Vital statistics of India. Vol. IV, Annual returns from 1871 to 1876. British Army of India, Native Army and jails of Bengal
Year: 1871
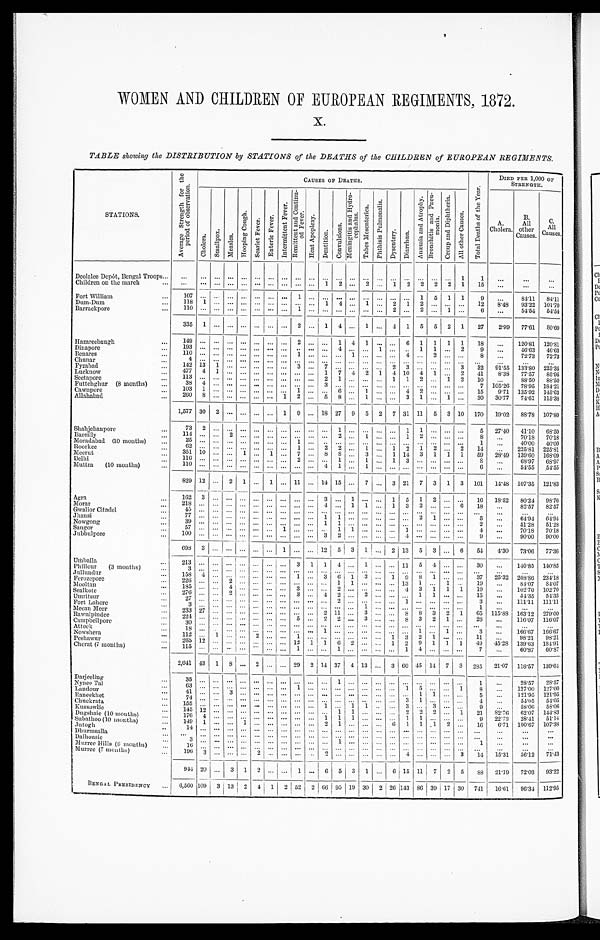
WOMEN AND CHILDREN OF EUROPEAN REGIMENTS, 1872.
TABLE showing the DISTRIBUTION by STATIONS of the DEATHS of the CHILDREN of EUROPEAN REGIMENTS.
STATIONS.
A v e r a g e S t r e n g t h f o r t h e p e r i o d o f o b s e r v a t i o n .
CAUSES OF DEATHS.
DIED PER 1,000 OF
STRENGTH.
C h o l e r a .
S m a l l p o x .
M e a s l e s .
Hooping Cough.
S c a r l e t F e v e r .
E n t e r i c F e v e r .
I n t e r m i t t e n t F e v e r .
R e mi t t e n t a n d C o n t i n u e d F e v e r .
H e a t A p o p l e x y .
Dent i t i on.
Convulsions.
M e n i n g i t i s a n d H y d r o c e p h a l u s .
T a b e s M e s e n t e r i c a .
P h t h i s i s P u l mo n a l i s .
Dysentery.
D i a r r h œ a .
A n æ m i a a n d A t r o p h y .
B r o n c h i t i s a n d P n e u m o n i a .
C r o u p a n d D i p h t h e r i a .
A l l o t h e r C a u s e s .
T o t a l D e a t h s o f t h e Y e a r .
A.
Cholera.
B.
other
Causes .
C .
A l l
Causes.
Deolalee Depôt, Bengal Troops...
...
... ...
. . .
. . .
. . .
. . . . . .
. . . . . .
...
... ... ...
...
...
...
... ...
... 1
1
...
...
. . .
Children on the march
...
... ... ... ...
. . .
...
. . .
...
. . .
1 2 ... 2
... 1 2 2 2 2 1
15
...
...
. . .
F o r t W i l l i a m
107
... ... ... ...
. . .
...
1
. . .
... ...
...... ... ... ... 1 5 1 1
9
...
84.11
84.11
D u m - D u m
118
1 ... ... ...
. . .
...
... ...
. . .
1 4 ... 1
... 2 1 2 ... ... ... 12
8.48
93.22 101.70
Barrackpore
110 ...
... ...
. . .
. . .
. . . . . .
1
. . .
... ...
...... ... 2 ... 2 ... 1 ... 6
...
54.54 54. 54
335 1 ... ... ...
. . .
...
. . .
2
. . .
1 4
... 1
... 4 1 5 5 2 1
27
2.99 77.61
80. 60
H a z a r e e b a u g h 149
... ... ... ...
. . .
...
. . .
2
. . . 1
4 1 ... ... 6 1 1 1 1
18
...
120.81 120. 81
D i n a p o r e
1 9 3
... ... ... ...
. . . ... ... . . .
. . . . . .
... 4
...... 1 ... ... 1 1 ... 2
9
...
46.63 46. 63
Benares
110
... ... ... ...
. . .
...
. . .
1
. . .
... ...
1 ... ... ... 4 ... 2 ... ...
8
...
72.73
72. 73
Chunar
4 ... ... ... ...
. . .
...
. . .
...
. . .
...
...
. . .
. . .
... ... ... ... ... ... ... ...
...
...
. . .
F y z a b a d
142 13
1 ... ...
... ... . . .
3
. . .
7 ...
...... ... 2 3 ... ... ... 3 32 91.55 133.80
2 2 5 . 3 5
Lucknow
477 4
1 ...
... ... ... . . .
...
. . .
1 7
4 2 1 4 10 4 1 ... 2
41 8.38 77.57
8 5 . 9 5
Seetapore
113 4 ... ...
... ... ... . . .
...
. . .
2 1
... ... ... 1 1 2 ... 1 2 10 ...
88.50
8 8 . 5 0
Futtehghur (8 months)
103 1 ... ... ...
. . .
...
. . .
...
. . .
3 ...
...... ... ... ... ... ... ... ... 7
105.26 78.95
1 8 4 . 2 1
Cawnpore
103 1
... ...
... ... ... ... 1
. . .
... 6
...
1 ... ... 4 2 ... ... ... 15 9.71 135.92
1 4 5 . 6 3
Allahabad
260
8 ... ... ...
. . .
... 1
2
. . .
5
8 ...
1 ... ... 3 1 ... 1 ... 30 30.7774.61
1 1 5 . 3 8
1,577 30 2 ... ... ... ... 1 9
. . .
18 27 9 5 2 7 31 11 5 3 10 170
19.02 89.78 107.80
Shahjehanpore
73
2 ... ... ... ... ... ... ...
. . .
... 1 ... ... ... ... 1 1 ... ... ...
5
27.40
41.10
68.50
Bareilly
114
... ... 2 ... ... ... ... ...
. . .
... 2 ... 1 ... ... 1 2 ... ... ...
8 ...
70.18
7 0 . 1 8
Moradabad (10 months)
25 ... ... ... ... ... ... ... 1
. . .
... ... ... ... ... ... ... ... ... ... ... 1
...
40.00
4 0 . 0 0
Roorkee
62 ... ... ... ... .. ... ...
1
. . .
2
2 ... 1 ... 1 2 1 2 ... 2
14 ...
225.81
2 2 5 . 8 1
Meerut
351 10 ... ... 1 ... 1 ... 7
. . .8 8 ... 3 ... 1 14 3 1 1 1
5 9 28.49 139.60
1 6 8 . 0 9
Delhi
116 ... ... ... ... ... ... ... 2
. . .
... 1 ... 1 ... 1 3 ... ... ... ...
8
...
68.97
6 8 . 9 7
Muttra (10 months)
110 ... ... ... ... ... ... ... ...
. . .
4 1 ... 1 ... ... ... ... ... ... ...
6 ...
54.55
5 4 . 5 5
829 12 ... 2 1 ... 1 ... 11
. . .
14 15 ... 7 ... 3 21 7 3 1 3 101
14.48 107.35 121.83
Agra
162 3 ... ... ... ... ... ... ...
. . .
3 ... 1 ... ... 1 5 1 2 ... ...
16
18.52 80.24
9 8 . 7 6
Morar
218 ... ... ... ... ... ... ... ...
. . .
4 ... 1 1 ... 1 3 2 ... ... 6 18
...
8 2 . 5 7
8 2 . 5 7
Gwalior Citadel
45 ... ... ... ... ... ... ... ... ... ... ... ... ... ... ... ... ... ... ... ...
. . . ...
...
. . .
Jhansi
77 ... ... ... ... ... ... ... ...
. . .
1 1 ... ... ... ... ... 2 1 ... ...
5 ...
64.94
6 4 . 9 4
Nowgong
39... ... ... ... ... ... ... ...
. . .
1 1 ... ... ... ... ... ... ... ... ...
2 ...
51.28
5 1 . 2 8
Saugor
5 7... ... ... ... ... ... 1 ...
. . .
... 1 1 ... ... ... 1 ... ... ... ...
4 ...
70.18
7 0 . 1 8
Jubbulpore
100... ... ... ... ... ... ... ...
. . .
3 2 ... ... ... ... 4 ... ... ... ...
9
...
90.00
9 0 . 0 0
698 3 ...
. . . ... ... ... 1
. . .
... 12 5 3 1 ...
2 13 5 3 ... 6
54
4.30 73.06 77. 36
U m b a l l a 213
... ... ... ... ... ... ... 3 1 1 4 ... 1 ... ... 11 5 4 ... ...
30
...
140.85 140. 85
Phillour
(3 months)
3
... ... ... ... ... ... ... ...
. . .
... ... ... ... ... ... ... ... ... ... ... ...
. . .
. . .
. . .
Jullundur
158 4 ... ... ... ... ... ... 1
. . . 3 6 1 3 .. 1 9 8 1 ... ...
37
25.32 208.86 234.18
Ferozepore
226 ... ... 2 ... ... ... ... ...
. . .
... 1 1 ... ... ... 13 1 ... 1 ...
19 ...
84.07 84.07
Mooltan
185 ... ... 4 ... ... ... ... 3
. . .
... 2 ... ... ... ... 4 3 1 1 1
19
...
102.70 102.70
Sealkote
276
... ... 2 ... ... ... ... 8 ... 4 2 ... 2 ... ... ... 1 1 ... ...
15 ...
54.35
54.35
U m r i t s u r
2 7
... ... ... ... ... ... ... ...
. . .
... 2 ... ... ... ... 1 ... ... ... ...
3
...
111.11 111.11
Fort Lahore
3 ... ... ... ... ... ... ... ...
. . .
... ... ... 1 ... ... ... ... ... ... ...
1
...
...
...
Meean Meer
233 27 ... ... ... ... ... ... ...
. . .
2 11 ... 3 ... ... 3 8 3 2 1
65 115.88 163.12 279.00
Rawulpindee
224 ... ... ... ... ... ... ... 5
. . .
2 2 ... 3 ... ... 8 3 2 1 ...
26
. . .
116.07 116.07
Campbellpore
30 ... ... ... ... ... ... ... ...
. . .
... ... ... ... ... ... ... ... ... ... ... ...
. . .
. . .
. . .
Attock
18
... ... ... ... ... ... ... ...
. . .
1 ... ... ... ... ... ... 1 ... 1 ...
3
...
166.67 166.67
Nowshera
112 ... 1 ... ... 2 ... ... 1
. . .
... ... ... ... ... 1 3 2 1 ... ...
11
...
98.21
98.21
Peshawur
265 12 ... ... ... ... ... ... 12
1 1 6
2 ...
...
1 2 9 1 1
1
49 45.28 139.63 184.91
Cherat (7 months)
115 ... ... ... ... ...
... ... 1
. . .
... 1 ... ... ...
. . . 1 4 ... ... ...
7 ...
60.87 60.87
2,041 43 1 8 ... 2 ... ... 29 2
1 4
37 4 13 ... 3 60 45 14 7 3 285
21.07 118.57 139.64
D a r j e e l i n g 35 ... ... ... ... ... ... ... ...
. . .
... 1 ... ... ...
. . .
... ... ... ... ...
1
...
28.57
28.57
Nynee Tal
63 ... ... ... ... ... ... ... 1
. . .
... . . . ... ... ... ... 1 5 ... ... 1
8
...
127.00 127.00
Landour
41 ... ... 3 ... ... ... ...
. . .
. . .
... ... ... ... ... ... ...
1 1 ... ...
5
...
121.95 121.95
R a n e e k h e t
74
... ... ... ... ... ... ... ...
. . .
... ... ... ... ... ... 3 1 ... ... ... 4
. . .
54.05
54.05
Chuckrata
155
... ... ... ... ... ... ... ... ... 1 ... 1 1 ... ... 3 ... 3 ... ...
9
...
58.06
58.06
Kussowlie
145 12 ... ... ... ... ... ... ... ... ... 1 1 ... ... ...
2 2 2 ... 1
21
82.76 62.07 144.83
D u g s h a i e ( 1 0 m o n t h s )
176 4 ... ... ... ... ... ... ...
. . .
1 1 1 ... ... ... 1 1 ... ... ...
9
22.73
28.41 51.14
Subathoo (10 months)
149
1 ... ...
1 ... ... ... ... ... 2
1 ... ... ... 6 1
1 1
2 ...
16
6.71 100.67 107.38
Jutogh
14... ... ... ... ... ... ... ...
. . .
... ... ... ... ... ... ... ... ...
. . . ...
. . .
. . .
...
...
Dhurmsalla
... ... ... ... ... ... ... . . .
... ... ... ... ... ... ...
. . . .... ... ...
. . . ...
. . .
. . .
. . .
. . .
Dalhousie
3
... ... ... ... ... ... ... ... ... 1 ... ... ...
. . .
... ... ... ... ...
1
... ...
. . .
Murree Hills (6 months)
16
... ... ... ... ... ... ... ... ... ... ... ... ... ...
. . . ... ... ...
. . . ...
...
. . .
. . .
. . .
Murree (7 months)
196 3
. . . ... ... 2 ... ... ...
. . . 2 ... ... ... ... ...
4 ... ... ... 3
14
15.31
56.12
7 1 . 4 3
944 20 ... 3 1 2 ... ...
1 ...
6 5 3 1 ...
6
15
11 7 2 5
88
21.19 72.03 93.22
BENGAL PRESIDENCY
6,560 109 3 13 2 4 1
2 52 2 66 95 19 30 2 26 143 86 39 17 30 741 16.61
96.34
112.95